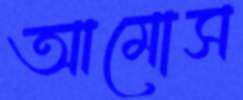
আমোস